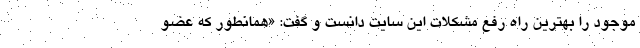
موجود را بهترین راه رفع مشکلات این سایت دانست و گفت: «همانطور که عضو